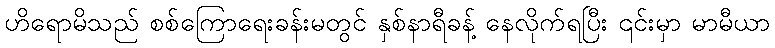
ဟိရောမိသည် စစ်ကြောရေးခန်းမတွင် နှစ်နာရီခန့် နေလိုက်ရပြီး ၎င်းမှာ မာမီယာ